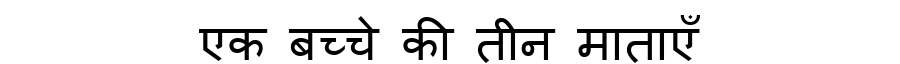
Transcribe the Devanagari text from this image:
एक बच्चे की तीन माताएँ